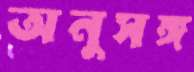
অনুসঙ্গ